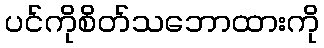
ပင်ကိုစိတ်သဘောထားကို